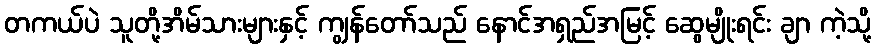
တကယ်ပဲ သူတို့အိမ်သားများနှင့် ကျွန်တော်သည် နောင်အရှည်အမြင့် ဆွေမျိုးရင်း ချာ ကဲ့သို့